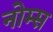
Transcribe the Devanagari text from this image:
नोम्स